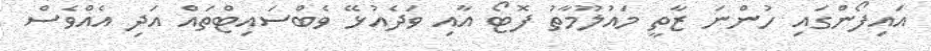
އައިފޯންގައި ހުންނަ ޒާތީ މައުލޫމާތު ފޮޓޯ އާއި ވަދެއުޅޭ ވެބްސައިޓްތައް އަދި އެއްވެސް